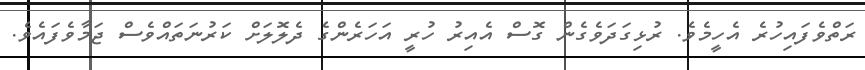
ރަތްވެފައިހުރެ އެހީމެވެ. ރުޅިގަދަވެގެން ގޮސް އެއިރު ހުރީ އަހަރެންގެ ދެލޮލަށް ކަރުނަތައްވެސް ޖަމާވެފައެވެ.